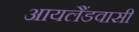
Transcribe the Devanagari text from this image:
आयलैंडवासी